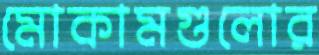
মোকামগুলোর